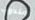
مندوب